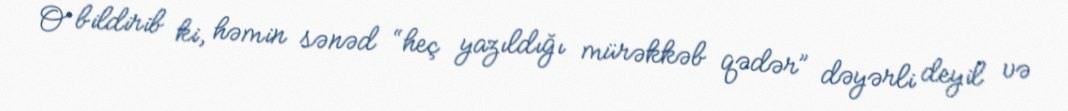
O bildirib ki, həmin sənəd “heç yazıldığı mürəkkəb qədər” dəyərli deyil və